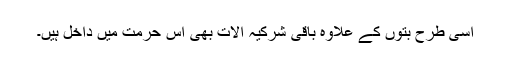
اسی طرح بتوں کے علاوہ باقی شرکیہ آلات بھی اس حرمت میں داخل ہیں۔